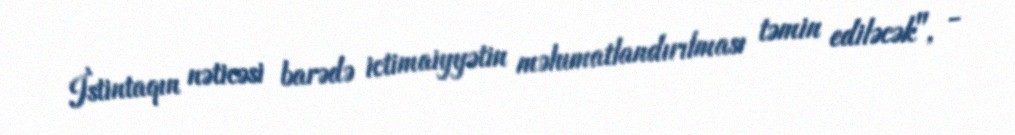
İstintaqın nəticəsi barədə ictimaiyyətin məlumatlandırılması təmin ediləcək", -